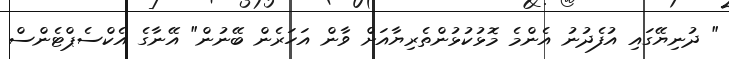
" ދުނިޔޭގައި އުފެދުނު އެންމެ މޮޅުކުޅުންތެރިޔާއަށް ވާން އަހަރެން ބޭނުން" އޭނާގެ އެކްސެޕްޓެންސް